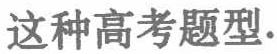
这种高考题型.